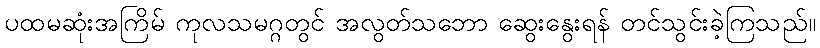
ပထမဆုံးအကြိမ် ကုလသမဂ္ဂတွင် အလွတ်သဘော ဆွေးနွေးရန် တင်သွင်းခဲ့ကြသည်။